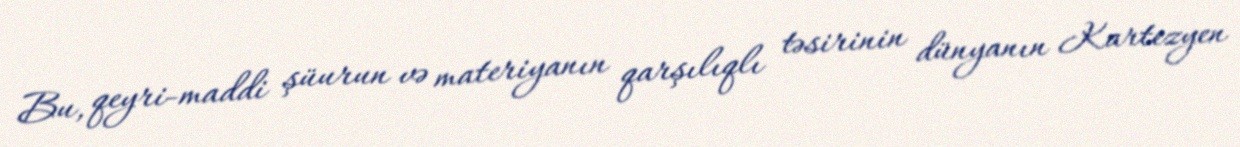
Bu, qeyri-maddi şüurun və materiyanın qarşılıqlı təsirinin dünyanın Kartezyen